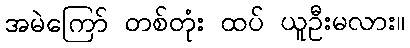
အမဲကြော် တစ်တုံး ထပ် ယူဦးမလား။